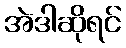
အဲဒါဆိုရင်